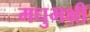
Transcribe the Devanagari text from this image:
मधुभक्षी